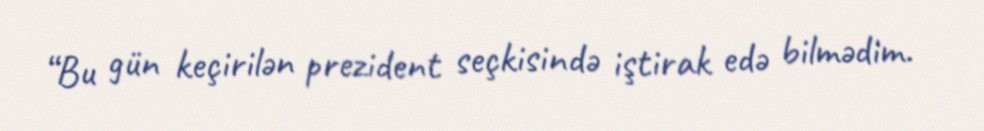
“Bu gün keçirilən prezident seçkisində iştirak edə bilmədim.